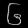
Digit: ၆